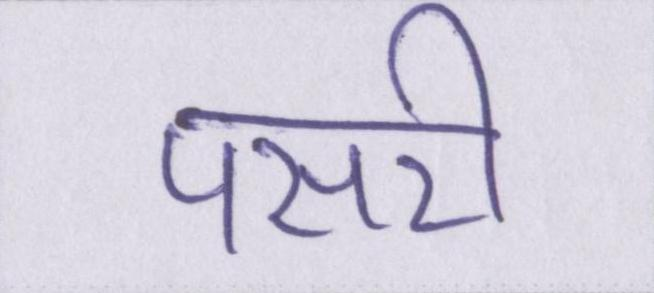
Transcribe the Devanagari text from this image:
पसरी